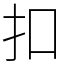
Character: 扣